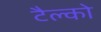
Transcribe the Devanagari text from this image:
टैल्को